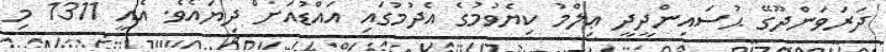
ދަރަވަންދޫގޭ ޙުސައިންދީދީ ޢިލްމު ކިޔެވުމުގެ އެދުމުގައި އައްޑުއަށް ދިޔައެވެ. އެއީ 1311 މި